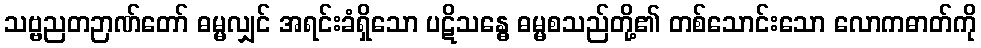
သဗ္ဗညတဉာဏ်တော် ဓမ္မလျှင် အရင်းခံရှိသော ပဋိသန္ဓေ ဓမ္မစသည်တို့၏ တစ်သောင်းသော လောကဓာတ်ကို